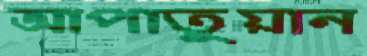
আপাতুয়ান